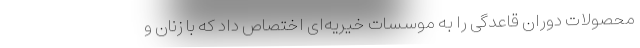
محصولات دوران قاعدگی را به موسسات خیریه‌ای اختصاص داد که با زنان و